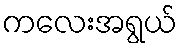
ကလေးအရွယ်